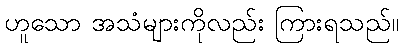
ဟူသော အသံများကိုလည်း ကြားရသည်။